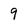
Character: 9